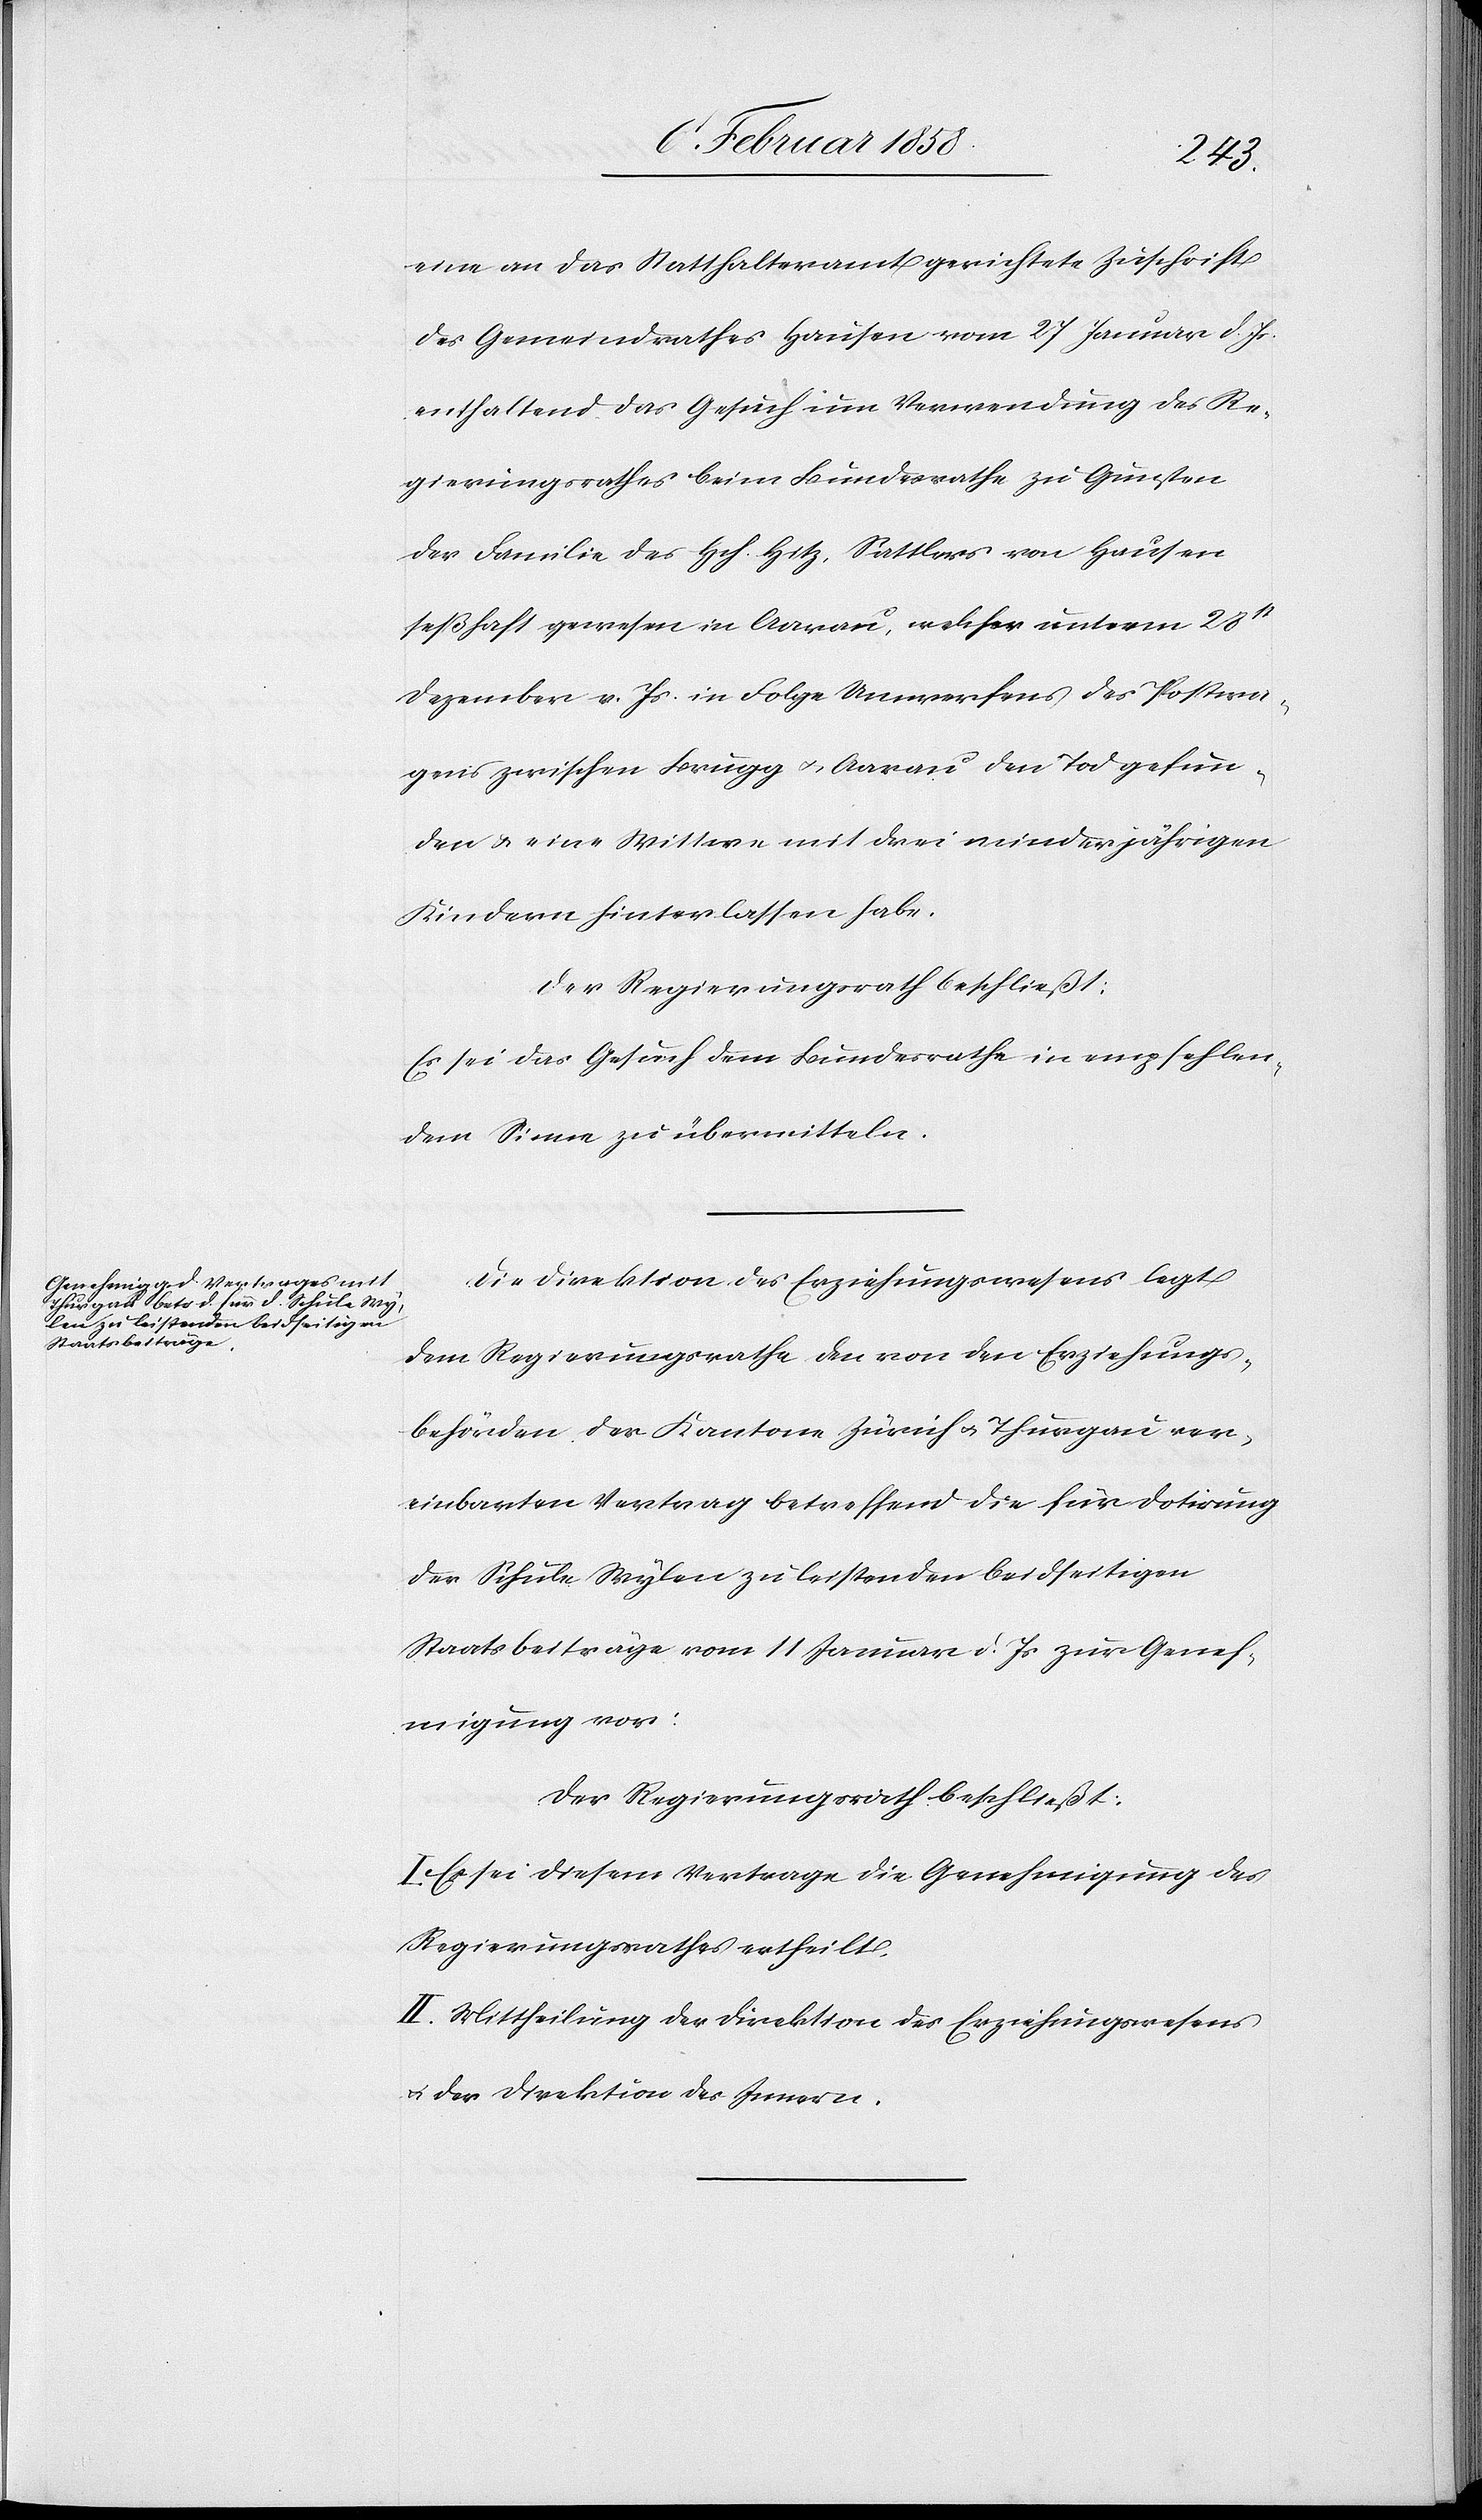
eine an das Statthalteramt gerichtete Zuschrift
des Gemeindrathes Hausen vom 27 Januar d. Js.
enthaltend das Gesuch um Verwendung des Re¬
gierungsrathes beim Bundesrathe zu Gunsten
der Familie des Hch. Hitz, Sattlers von Hausen
seßhaft gewesen in Aarau, welcher unterm 28st
Dezember v. Js. in Folge Umwerfens des Postwa¬
gens zwischen Brugg u. Aarau den Tod gefun¬
den u. eine Wittwe mit drei minderjährigen
Kindern hinterlassen habe.
Der Regierungsrath beschließt:
Es sei das Gesuch dem Bundesrathe in empfehlen¬
dem Sinne zu übermitteln.
Die Direktion des Erziehungswesens legt
dem Regierungsrathe den von den Erziehungs¬
behörden der Kantone Zürich u. Thurgau ver¬
einbarten Vertrag betreffend die für Dotirung
der Schule Wylen zu leistenden beidseitigen
Staatsbeiträge vom 11 Januar d. Js zur Geneh¬
migung vor.
Der Regierungsrath beschließt:
Es sei diesem Vertrage die Genehmigung des
Regierungsrathes ertheilt.
II. Mittheilung der Direktion des Erziehungswesens
u. der Direktion des Innern.